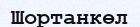
Шортанкөл